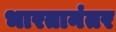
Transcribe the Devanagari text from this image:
भारतानंतर